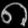
Digit: ၈